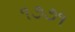
૧૭૭૧